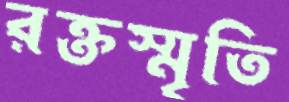
রক্তস্মৃতি